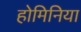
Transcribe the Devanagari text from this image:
होमिनिया